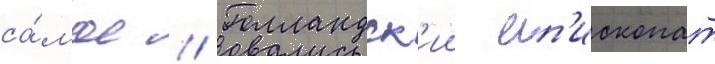
са́мое // Голландск'ии еп'ископат